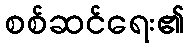
စစ်ဆင်ရေး၏